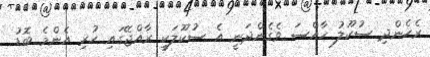
ރެހެންދި ސުކޫލު ހާއްސަ ވެގެންދަނީ އެ ސުކޫލަކީ ރާއްޖޭގައި ހުރި އެންމެ ބޮޑު